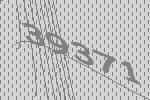
39371